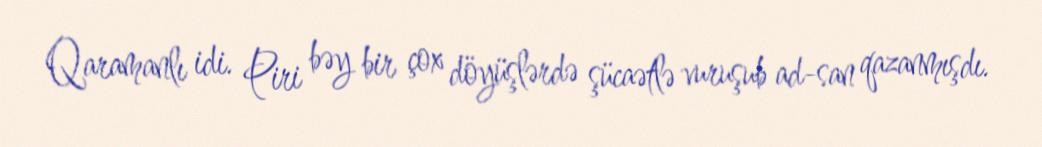
Qaramanlı idi. Piri bəy bir çox döyüşlərdə şücaətlə vuruşub ad-san qazanmışdı.